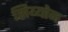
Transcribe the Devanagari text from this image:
सिय्योन